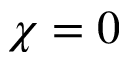
\chi = 0